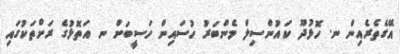
އޭގެތެރެއިން ނ. ހޮޅުދޫ ކައުންސިލް މެންބަރު ހުސައިން ހަސީބަށް ނ އަތޮޅުގެ ރަށްތަކުގައި